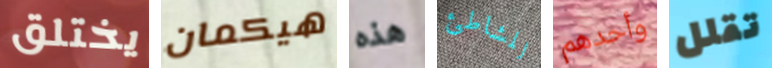
يختلق هيكمان هذه للشاطئ وأحدهم تقلل